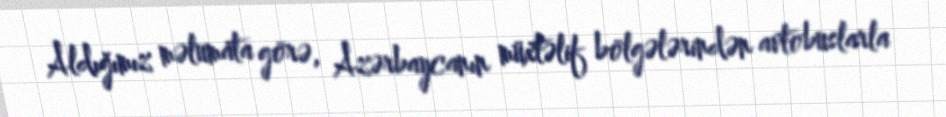
Aldığımız məlumata görə, Azərbaycanın müxtəlif bölgələrindən avtobuslarla